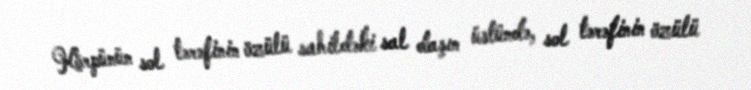
Körpünün sol tərəfinin özülü sahildəki sal daşın üstündə, sol tərəfinin özülü